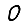
Digit: 0